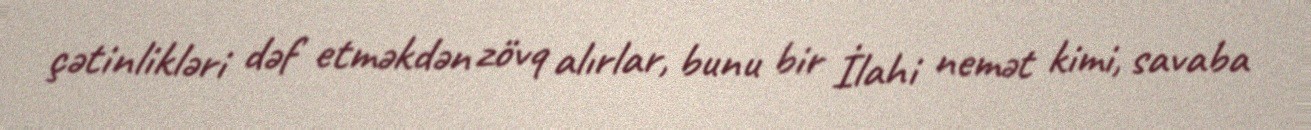
çətinlikləri dəf etməkdən zövq alırlar, bunu bir İlahi nemət kimi, savaba